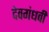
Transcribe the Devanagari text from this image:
देवगंधर्वी